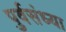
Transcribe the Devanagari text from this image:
पुर्वसंध्या